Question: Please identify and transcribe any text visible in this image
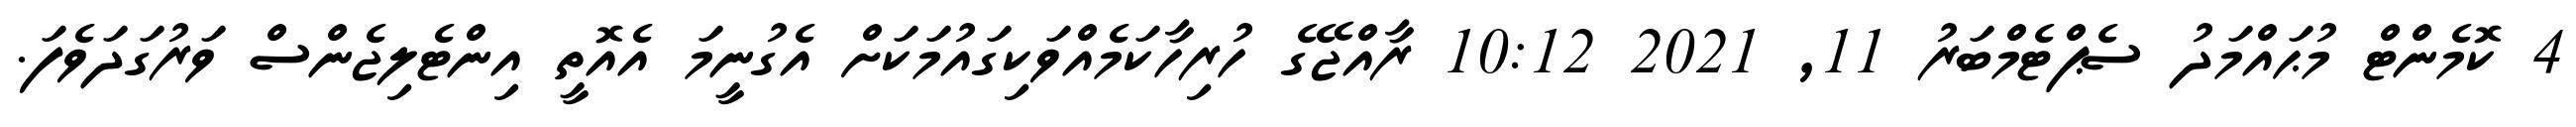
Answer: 4 ކޮމެންޓް މުޙައްމަދު ސެޕްޓެމްބަރު 11, 2021 10:12 ރާއްޖޭގެ ހުރިހާކަމެއްވަކިގައުމަކަށް އެގުނީމަ އެއޮތީ އިންޓެލިޖެންސް ވަރުގަދަވެފަ.